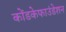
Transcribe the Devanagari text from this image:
कोंडकेफाउंडेशन